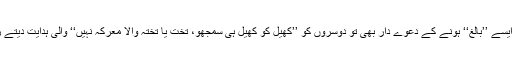
بھارت ٹاکرا ہورہا ہو تو مجھ ایسے ’’بالغ‘‘ ہونے کے دعوے دار بھی تو دوسروں کو ’’کھیل کو کھیل ہی سمجھو، تخت یا تختہ والا معرکہ نہیں‘‘ والی ہدایت دیتے رہتے ہیں،جذباتی ہوجاتے ہیں۔